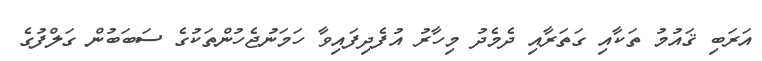
އަރަބި ޤައުމު ތަކާއި ގަތަރާއި ދެމެދު މިހާރު އުފެދިފައިވާ ހަމަނުޖެހުންތަކުގެ ސަބަބުން ގަލްފުގެ